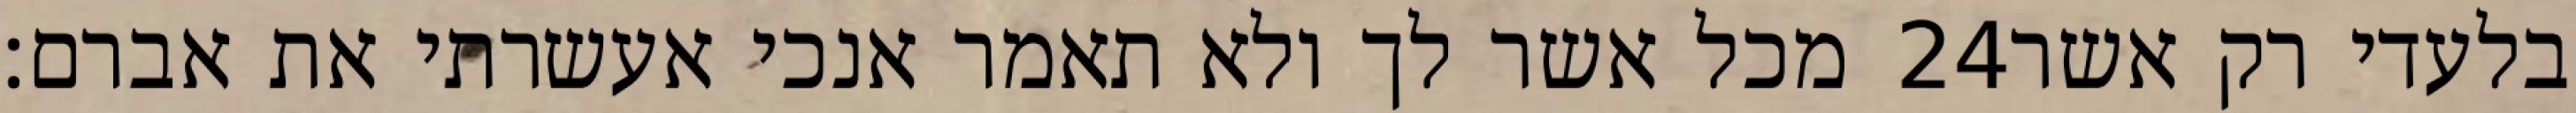
מכל אשר לך ולא תאמר אנכי אעשרתי את אברם׃ ‎24‏ בלעדי רק אשר